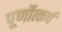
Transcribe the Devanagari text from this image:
पूर्णोत्कर्ष